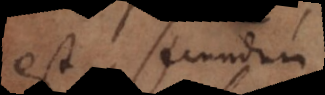
est, secundum